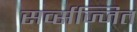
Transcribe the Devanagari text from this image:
सर्व्सज्जित